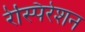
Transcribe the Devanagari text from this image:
रेस्पिरेशन